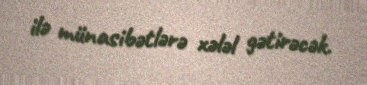
ilə münasibətlərə xələl gətirəcək.